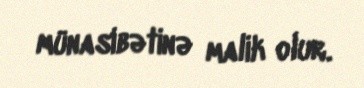
münasibətinə malik olur.